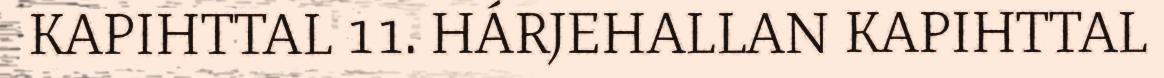
KAPIHTTAL 11. HÁRJEHALLAN KAPIHTTAL